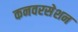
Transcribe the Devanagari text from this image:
कनवरसेशन